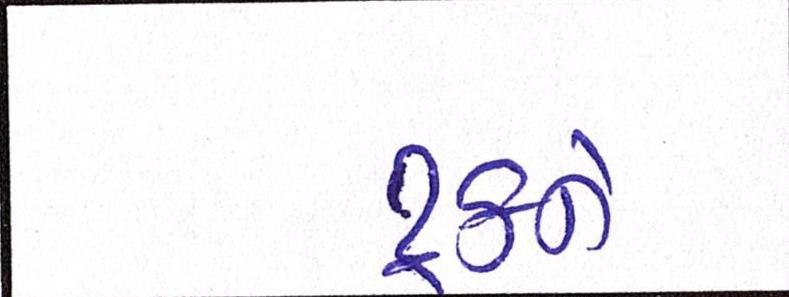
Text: ટ્રકને